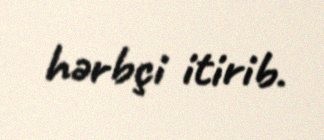
hərbçi itirib.